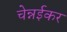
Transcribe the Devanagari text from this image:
चेन्नईकर